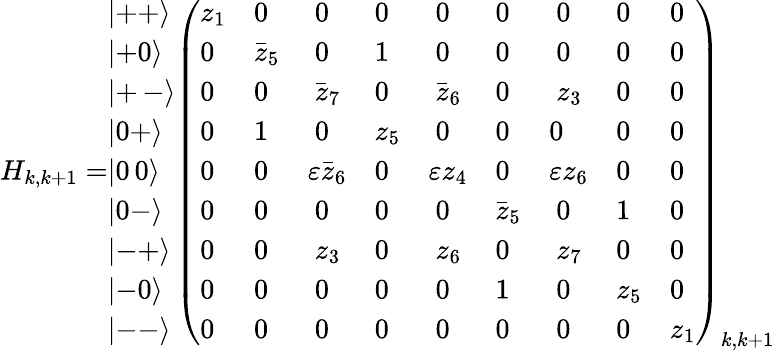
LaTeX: H_{k,k+1}=\begin{array}{l}{{\left|++\right\rangle}}\\ {{\left|+0\right\rangle}}\\ {{\left|+{\scriptsize\ }-\right\rangle}}\\ {{\left|0+\right\rangle}}\\ {{\left|0{\scriptsize\ }0\right\rangle}}\\ {{\left|0-\right\rangle}}\\ {{\left|-+\right\rangle}}\\ {{\left|-0\right\rangle}}\\ {{\left|--\right\rangle}}\end{array}\left(\begin{array}{lllllllll}{{z_{1}}}&{{0}}&{{\ 0}}&{{0}}&{{\ 0}}&{{0}}&{{\ 0}}&{{0}}&{{0}}\\ {{0}}&{{\stackrel{\_ }{z}_{5}}}&{{\ 0}}&{{1}}&{{\ 0}}&{{0}}&{{\ 0}}&{{0}}&{{0}}\\ {{0}}&{{0}}&{{\ \stackrel{\_ }{z}_{7}}}&{{0}}&{{\ \stackrel{\_ }{z}_{6}}}&{{0}}&{{\ z_{3}}}&{{0}}&{{0}}\\ {{0}}&{{1}}&{{\ 0}}&{{z_{5}}}&{{\ 0}}&{{0}}&{{0}}&{{0}}&{{0}}\\ {{0}}&{{0}}&{{\varepsilon\stackrel{\_ }{z}_{6}}}&{{0}}&{{\varepsilon z_{4}}}&{{0}}&{{\varepsilon z_{6}}}&{{0}}&{{0}}\\ {{0}}&{{0}}&{{\ 0}}&{{0}}&{{\ 0}}&{{\stackrel{\_ }{z}_{5}}}&{{\ 0}}&{{1}}&{{0}}\\ {{0}}&{{0}}&{{\ z_{3}}}&{{0}}&{{\ z_{6}}}&{{0}}&{{\ z_{7}}}&{{0}}&{{0}}\\ {{0}}&{{0}}&{{\ 0}}&{{0}}&{{\ 0}}&{{1}}&{{\ 0}}&{{z_{5}}}&{{0}}\\ {{0}}&{{0}}&{{\ 0}}&{{0}}&{{\ 0}}&{{0}}&{{\ 0}}&{{0}}&{{z_{1}}}\end{array}\right)_{k,k+1}